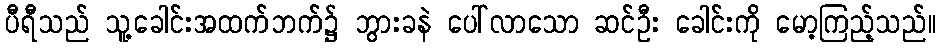
ပီရီသည် သူ့ခေါင်းအထက်ဘက်၌ ဘွားခနဲ ပေါ်လာသော ဆင်ဦး ခေါင်းကို မော့ကြည့်သည်။